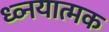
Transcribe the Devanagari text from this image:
ध्व्नयात्मक